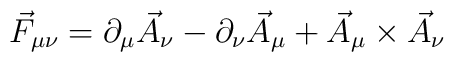
\vec{F}_{\mu\nu}=\partial_{\mu}\vec{A}_{\nu}-\partial_{\nu}\vec{A}_{\mu}+\vec{A}_{\mu}\times\vec{A}_{\nu}